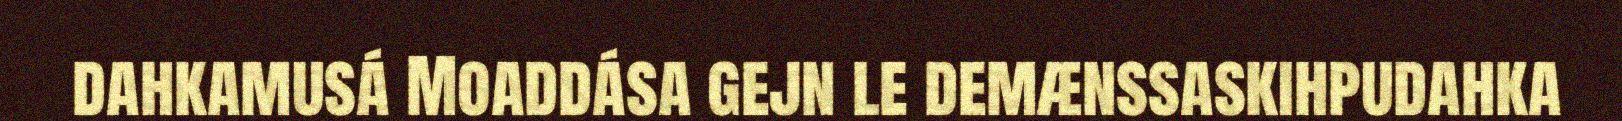
dahkamusá Moaddása gejn le demænssaskihpudahka